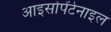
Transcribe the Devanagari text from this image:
आइसोपेंटेनाइल